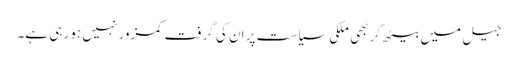
جیل میں بیٹھ کر بھی ملکی سیاست پر ان کی گرفت کمزور نہیں ہو رہی ہے۔